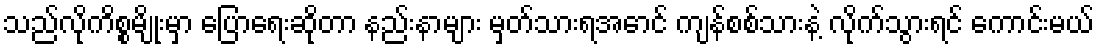
သည်လိုကိစ္စမျိုးမှာ ပြောရေးဆိုတာ နည်းနာများ မှတ်သားရအောင် ကျန်စစ်သားနဲ့ လိုက်သွားရင် ကောင်းမယ်